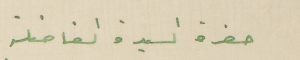
حضرة السيدة الفاضلة